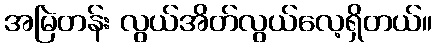
အမြဲတန်း လွယ်အိတ်လွယ်လေ့ရှိတယ်။